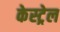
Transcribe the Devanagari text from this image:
केस्ट्रेल